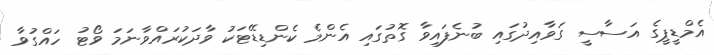
އެމްޑީޕީގެ އަސާސީ ގަވާއިދުގައި ބުނެފައިވާ ގޮތުގައި އެންމެ ކެންޑިޑޭޓަކު ވާދަކުރައްވާނަމަ ވޯޓު ހައްގުވާ